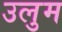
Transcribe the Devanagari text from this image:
उलुम